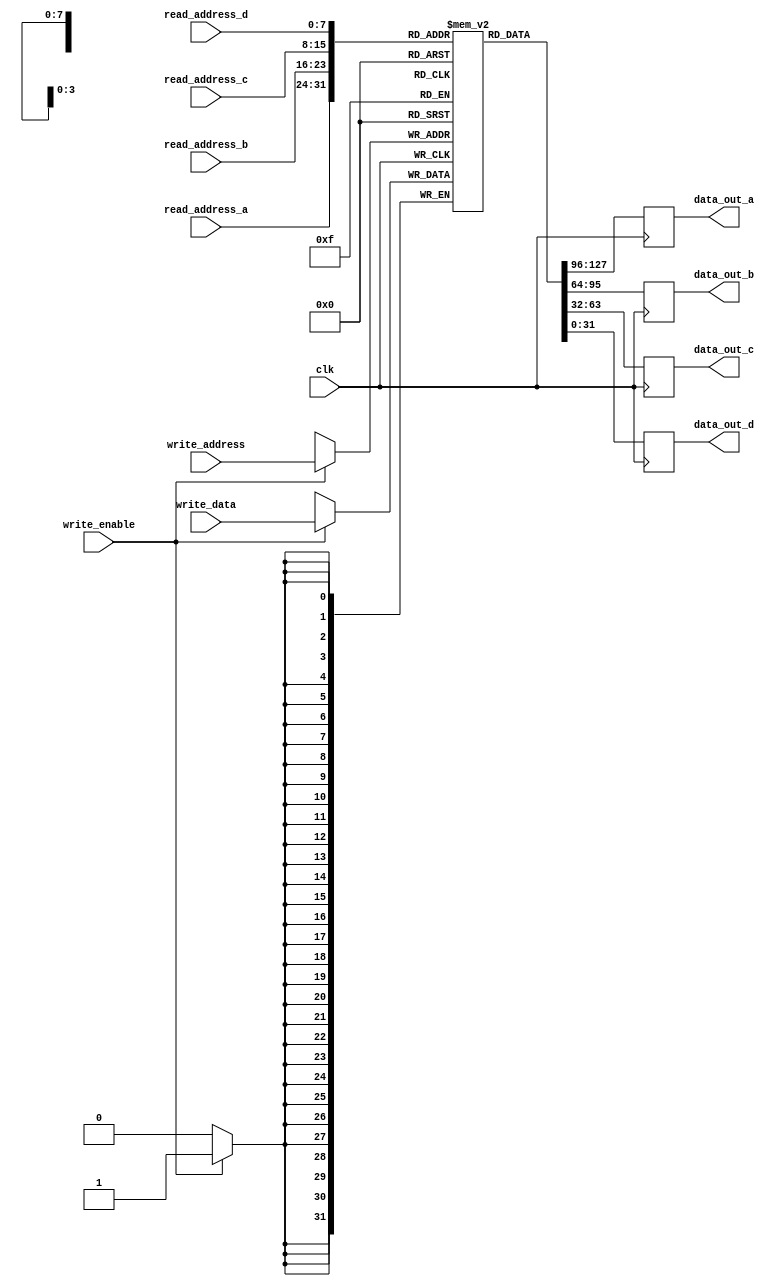
module MemoryBlocks(
  input [7:0] read_address_a,
  input [7:0] read_address_b,
  input [7:0] read_address_c,
  input [7:0] read_address_d,
  input [7:0] write_address,
  input [31:0] write_data,
  input write_enable,
  input clk,
  output reg [31:0] data_out_a,
  output reg [31:0] data_out_b,
  output reg [31:0] data_out_c,
  output reg [31:0] data_out_d
);

reg [31:0] memory [255:0];

always @(posedge clk) begin
  if(write_enable) begin
    memory[write_address] <= write_data;
  end
  data_out_a <= memory[read_address_a];
  data_out_b <= memory[read_address_b];
  data_out_c <= memory[read_address_c];
  data_out_d <= memory[read_address_d];
end

endmodule